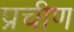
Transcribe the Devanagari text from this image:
प्रचीण